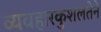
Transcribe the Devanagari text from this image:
व्यवहारकुशलतेने